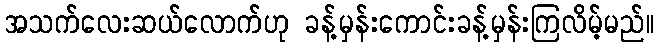
အသက်လေးဆယ်လောက်ဟု ခန့်မှန်းကောင်းခန့်မှန်းကြလိမ့်မည်။